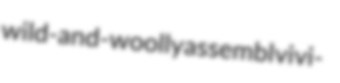
wild-and-woolly assembl vivi-